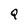
Character: Q